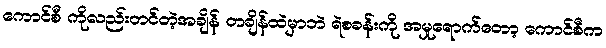
ကောင်စီ ကိုလည်းတင်တဲ့အချိန် တချိန်ထဲမှာဘဲ ရဲစခန်းကို အမှုရောက်တော့ ကောင်စီက